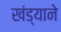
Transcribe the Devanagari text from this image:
खंड्याने